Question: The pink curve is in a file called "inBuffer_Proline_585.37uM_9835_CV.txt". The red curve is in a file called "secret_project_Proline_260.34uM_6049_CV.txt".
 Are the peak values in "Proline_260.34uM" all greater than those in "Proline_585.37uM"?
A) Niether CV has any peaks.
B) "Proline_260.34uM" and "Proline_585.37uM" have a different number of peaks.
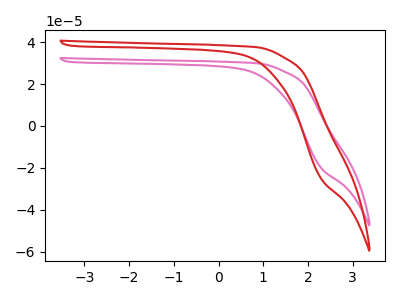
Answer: <think>The pink curve "Proline_585.37uM" has no peaks. The red curve "Proline_260.34uM" has no peaks.</think>
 <answer>A) Niether CV has any peaks.</answer>
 <eval>A</eval>